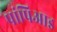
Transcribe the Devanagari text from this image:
पांपिआइ